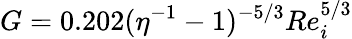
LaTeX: G=0.202(\eta^{-1}-1)^{-5/3}Re_{i}^{5/3}